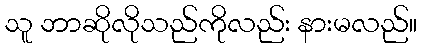
သူ ဘာဆိုလိုသည်ကိုလည်း နားမလည်။